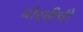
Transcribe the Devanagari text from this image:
थोरवीची